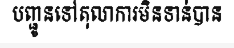
បញ្ជូនទៅតុលាការមិនទាន់បាន